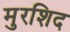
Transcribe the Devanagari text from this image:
मुरशिद